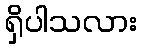
ရှိပါသလား